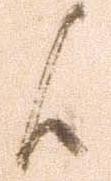
候